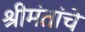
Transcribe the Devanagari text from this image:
श्रीमंतांचे